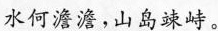
水何澹澹，山岛竦峙。